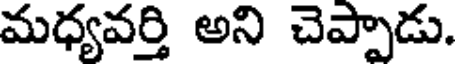
మధ్యవర్తి అని చెప్పాడు.